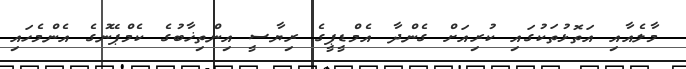
މާލެއާއި އަތޮޅުތަކުގައި ކުރިއަށް ގެންދާ އެމްޑީޕީގެ ރިޔާސީ އިންތިޚާބުގެ ކެމްޕޭނުގެ އެންމެހައި